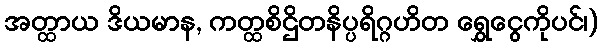
အတ္ထာယ ဒိယမာန, ကတ္ထစိဌိတနိပ္ပရိဂ္ဂဟိတ ရွှေငွေကိုပင်၊)